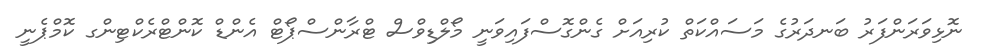
ނޮޅިވަރަންފަރު ބަނދަރުގެ މަސައްކަތް ކުރިއަށް ގެންގޮސްފައިވަނީ މޯލްޑިވްސް ޓްރާންސްޕޯޓް އެންޑް ކޮންޓްރެކްޓިންގ ކޮމްޕެނީ